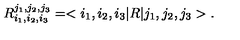
R _ { i _ { 1 } , i _ { 2 } , i _ { 3 } } ^ { j _ { 1 } , j _ { 2 } , j _ { 3 } } = < i _ { 1 } , i _ { 2 } , i _ { 3 } | R | j _ { 1 } , j _ { 2 } , j _ { 3 } > .